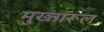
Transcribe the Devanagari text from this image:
मुख्तारूल